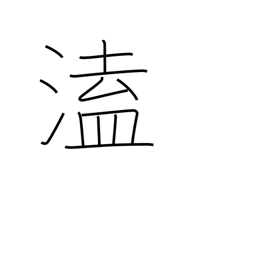
Meaning: unexpected